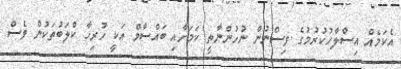
އެކަމެއް އިސްލާހުކުރުމުގެ ވިސްނުން ނުހުންނާތީ ކަމަށާއި ބައްސާމް އަކީ ހުރިހާ ކްލަބުތަކުން ވެސް